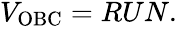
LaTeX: \begin{array}{r}{V_{\mathrm{OBC}}=RUN.}\end{array}